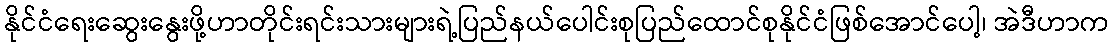
နိုင်ငံရေးဆွေးနွေးဖို့ဟာတိုင်းရင်းသားများရဲ့ပြည်နယ်ပေါင်းစုပြည်ထောင်စုနိုင်ငံဖြစ်အောင်ပေါ့၊ အဲဒီဟာက